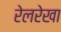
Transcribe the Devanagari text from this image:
रेलरेखा